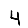
Digit: 4